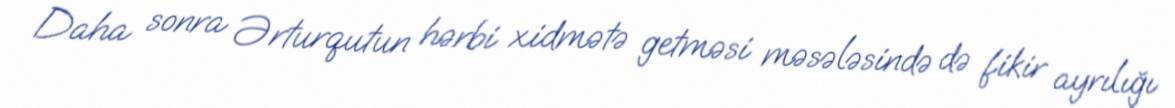
Daha sonra Ərturqutun hərbi xidmətə getməsi məsələsində də fikir ayrılığı